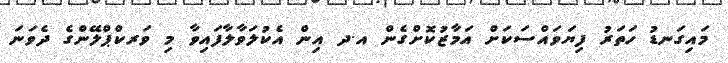
މައިގަނޑު ހަތަރު ފިޔަވައްސަކަށް އަމާޒުކޮށްގެން އ.ދ އިން އެކުލަވާލާފައިވާ މި ވަރކްޕްލޭންގެ ދެވަނަ